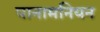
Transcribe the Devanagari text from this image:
पानामनियन